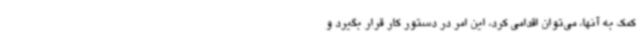
کمک به آنها، می‌توان اقدامی کرد، این امر در دستور کار قرار بگیرد و